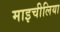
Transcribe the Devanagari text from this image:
माइचीलिया